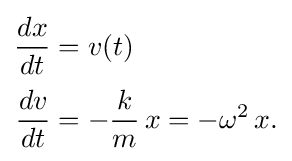
{\begin{aligned}{\frac {dx}{dt}}&=v(t)\\[0.2em]{\frac {dv}{dt}}&=-{\frac {k}{m}}\,x=-\omega ^{2}\,x.\end{aligned}}